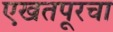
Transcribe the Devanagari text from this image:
एखतपूरचा